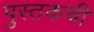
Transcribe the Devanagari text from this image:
पुस्तकची